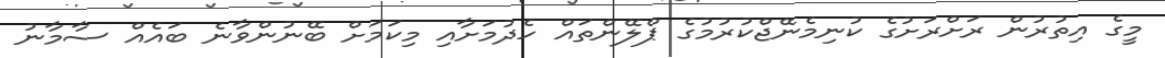
މީގެ އިތުރުން ރަށްރަށުގެ ކުނިމެނޭޖްކުރުމުގެ ޕްލޭންތައް ހެދުމަށާއި މިކަމަށް ބޭނުންވާނެ ބައެއް ސާމާނު